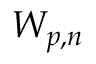
W _ { p , n }